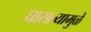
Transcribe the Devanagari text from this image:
घासल्यामुळे